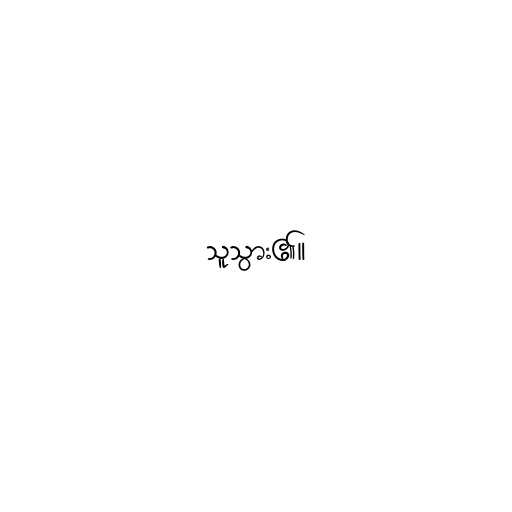
သူသွား၏။